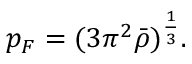
\begin{array} { r } { p _ { F } = ( 3 \pi ^ { 2 } \bar { \rho } ) ^ { \frac { 1 } { 3 } } . } \end{array}